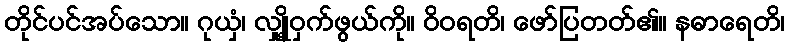
တိုင်ပင်အပ်သော။ ဂုယှံ၊ လျှို့ဝှက်ဖွယ်ကို။ ဝိဝရတိ၊ ဖော်ပြတတ်၏။ နဓာရေတိ၊